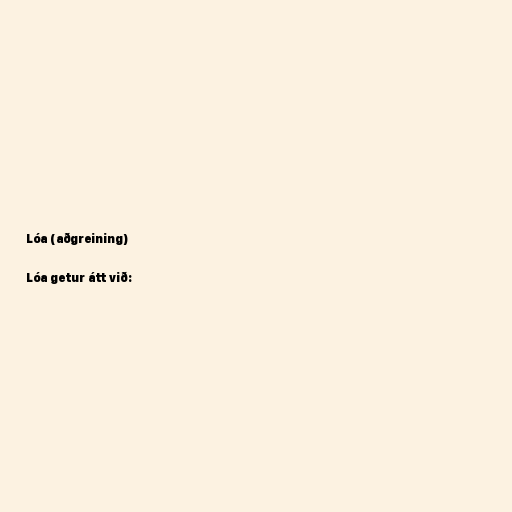
Lóa (aðgreining)

Lóa getur átt við: